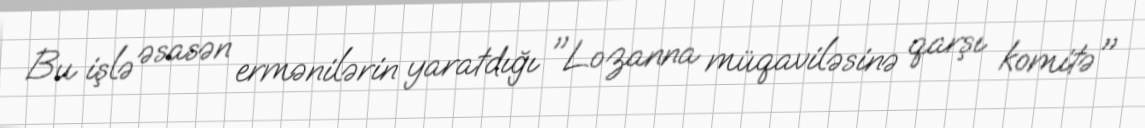
Bu işlə əsasən ermənilərin yaratdığı "Lozanna müqaviləsinə qarşı komitə"